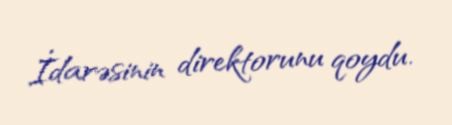
İdarəsinin direktorunu qoydu.